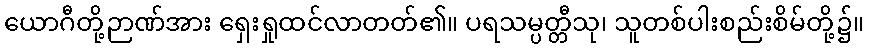
ယောဂီတို့ဉာဏ်အား ရှေးရှုထင်လာတတ်၏။ ပရသမ္ပတ္တီသု၊ သူတစ်ပါးစည်းစိမ်တို့၌။